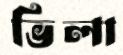
ভিলা